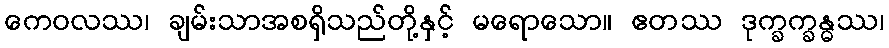
ကေဝလဿ၊ ချမ်းသာအစရှိသည်တို့နှင့် မရောသော။ ဧတဿ ဒုက္ခက္ခန္ဓဿ၊